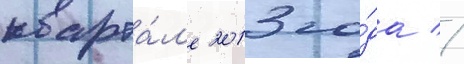
кварта́л'е 2013 го́да //